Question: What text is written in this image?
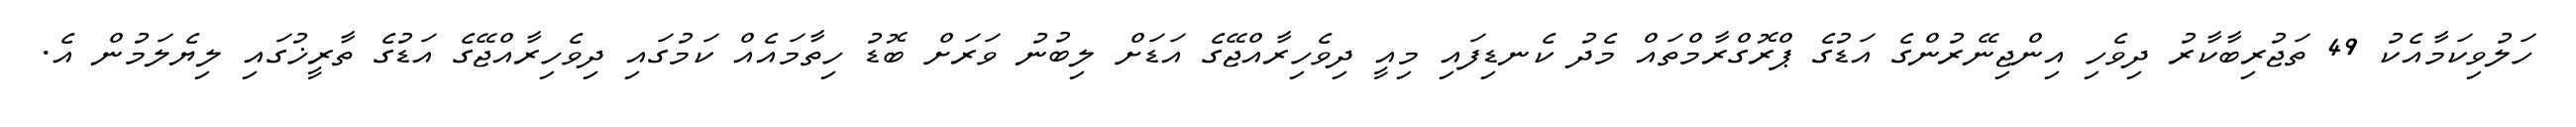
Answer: ހަލުވިކަމާއެކު 49 ތަޖުރިބާކާރު ދިވެހި އިންޖިނޭރުންގެ އަޑުގެ ޕްރޮގްރާމްތައް މެދު ކެނޑިފައި މިއީ ދިވެހިރާއްޖޭގެ އަޑަށް ލިބުނު ވަރަށް ބޮޑު ހިތާމައެއް ކަމުގައި ދިވެހިރާއްޖޭގެ އަޑުގެ ތާރީޚުގައި ލިޔެލަމުން އެ.